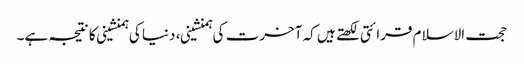
حجت الاسلام قرائتی لکھتے ہیں کہ آخرت کی ہمنشینی، دنیا کی ہمنشینی کا نتیجہ ہے۔